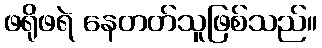
ဖရိုဖရဲ နေတတ်သူဖြစ်သည်။